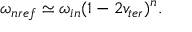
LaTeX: \omega _ { n r e f } \simeq \omega _ { i n } ( 1 - 2 v _ { t e r } ) ^ { n } .